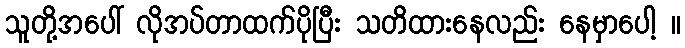
သူတို့အပေါ် လိုအပ်တာထက်ပိုပြီး သတိထားနေလည်း နေမှာပေါ့ ။